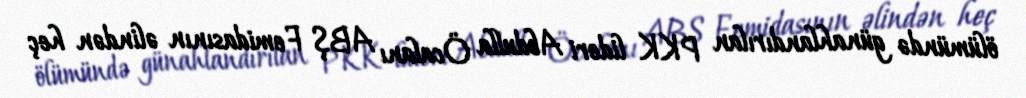
ölümündə günahlandırılan PKK lideri Abdulla Öcalanı ABŞ Femidasının əlindən heç